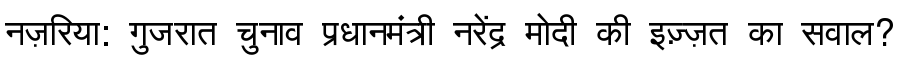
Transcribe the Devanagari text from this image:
नज़रिया: गुजरात चुनाव प्रधानमंत्री नरेंद्र मोदी की इज़्ज़त का सवाल?